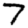
Digit: 7